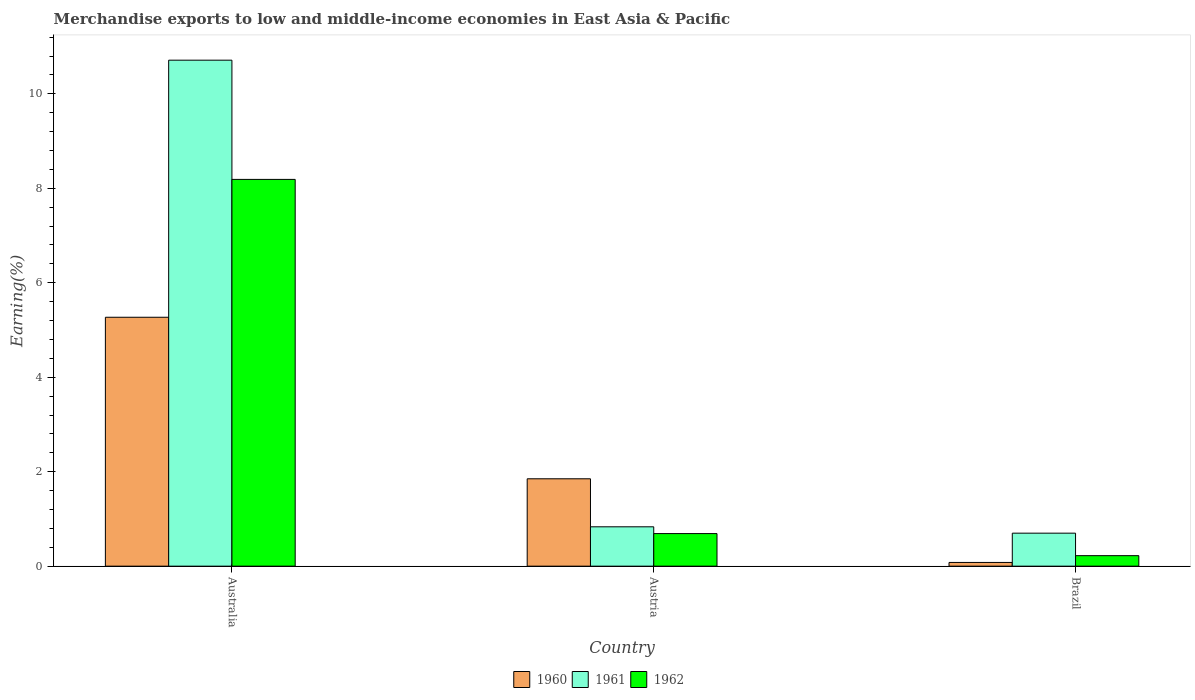
| Country | 1960 | 1961 | 1962 |
 | --- | --- | --- | --- |
 | Australia | 5.27 | 10.7 | 8.19 |
 | Austria | 1.85 | 0.833 | 0.69 |
 | Brazil | 0.0787 | 0.699 | 0.222 |